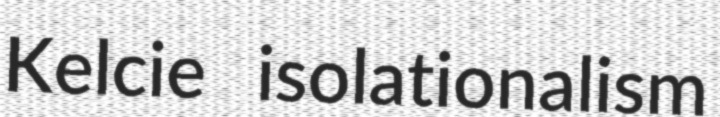
Kelcie isolationalism